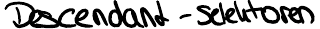
Descendant-Selektoren